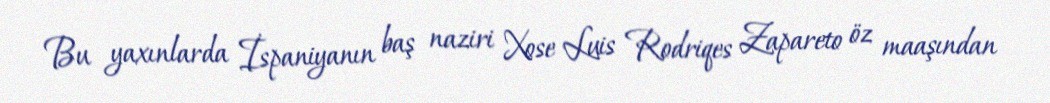
Bu yaxınlarda İspaniyanın baş naziri Xose Luis Rodriqes Zapareto öz maaşından